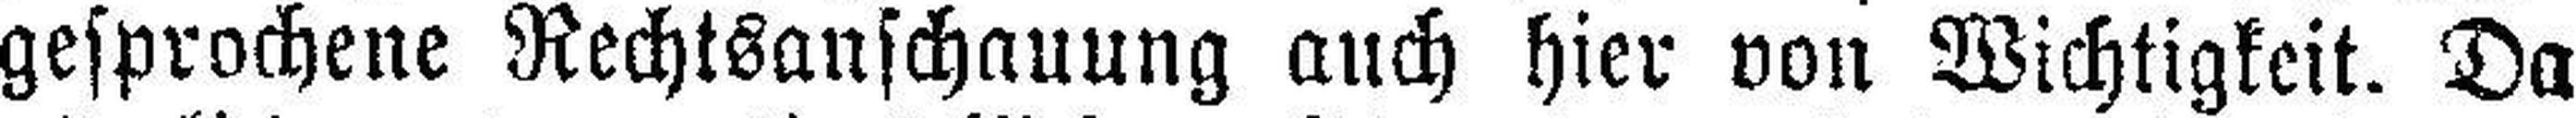
gesprochene Rechtsanschauung auch hier von Wichtigkeit. Da